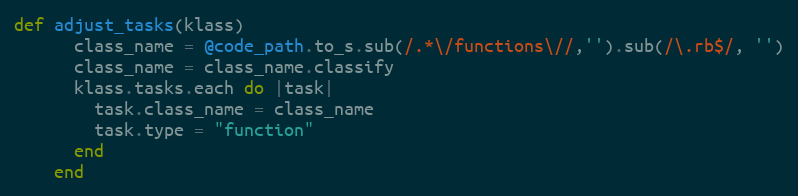
Language: Ruby
def adjust_tasks(klass)
      class_name = @code_path.to_s.sub(/.*\/functions\//,'').sub(/\.rb$/, '')
      class_name = class_name.classify
      klass.tasks.each do |task|
        task.class_name = class_name
        task.type = "function"
      end
    end